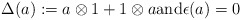
\begin{align*} \Delta(a) := a \otimes 1 + 1 \otimes a \textrm{and} \epsilon(a) = 0\end{align*}